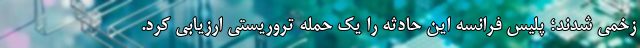
زخمی شدند؛ پلیس فرانسه این حادثه را یک حمله تروریستی ارزیابی کرد.